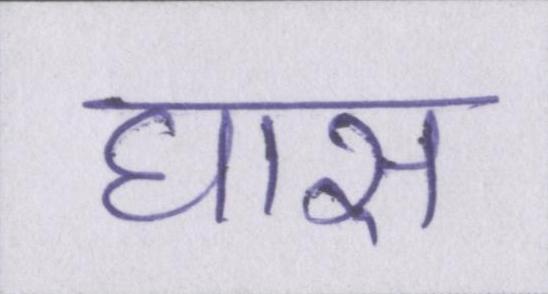
घास